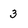
Character: 3